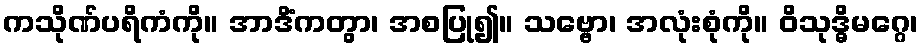
ကသိုဏ်ပရိကံကို။ အာဒိံကတွာ၊ အစပြု၍။ သဗ္ဗော၊ အလုံးစုံကို။ ဝိသုဒ္ဓိမဂ္ဂေ၊